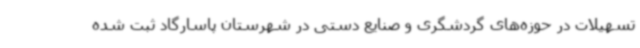
تسهیلات در حوزه‌های گردشگری و صنایع دستی در شهرستان پاسارگاد ثبت شده